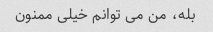
بله، من می توانم خیلی ممنون